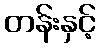
တန်းနှင့်